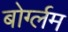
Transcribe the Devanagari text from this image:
बोर्ग्लम